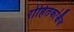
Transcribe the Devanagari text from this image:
रोहितकांश्चैव